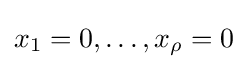
x_{1}=0,\dots ,x_{\rho }=0